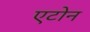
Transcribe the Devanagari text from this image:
एटोन